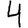
Digit: 4